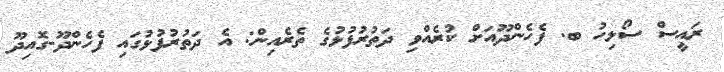
ރައީސް ސޯލިހު ބ. ފެހެންދޫއަށް ކުރެއްވި ދަތުރުފުޅުގެ ތެރެއިން: އެ ދަތުރުފުޅުގައި ފެހެންދޫ-ގޮއިދޫ